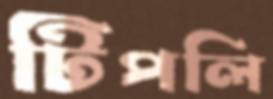
টিপলি